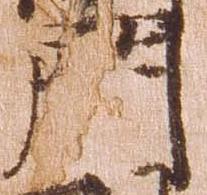
門